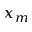
x _ { m }